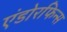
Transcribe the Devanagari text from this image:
एंडोरफिन्स